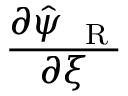
\frac { \partial \hat { \psi } _ { \mathrm { ~ \tiny ~ R ~ } } } { \partial { \xi } }